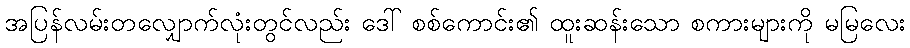
အပြန်လမ်းတလျှောက်လုံးတွင်လည်း ဒေါ် စစ်ကောင်း၏ ထူးဆန်းသော စကားများကို မမြလေး